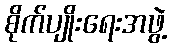
စိုက်ပျိုးရေးအဖွဲ့